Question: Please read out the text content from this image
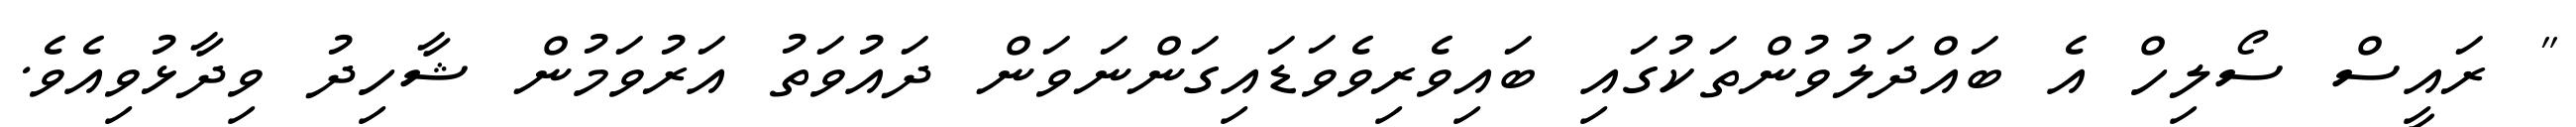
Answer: " ރައީސް ސޯލިހް އެ ބައްދަލުވުންތަކުގައި ބައިވެރިވެވަޑައިގަންނަވަން ދައުވަތު އަރުވަމުން ޝާހިދު ވިދާޅުވިއެވެ.